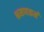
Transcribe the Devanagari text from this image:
श्रमणकर्म